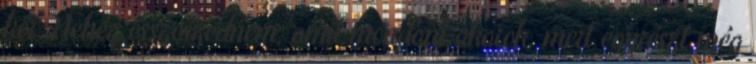
kör. Nehéz összeszednem, amit mondani akarok, mert egyrészt még